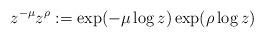
LaTeX: \begin{align*}z^{-\mu}z^{\rho}:=\exp(-\mu\log z)\exp(\rho \log z)\end{align*}